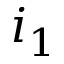
i _ { 1 }